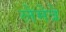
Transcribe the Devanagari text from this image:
लेमेत्रे